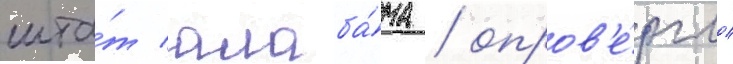
шта́т алаба́ма / опров'е́ргло